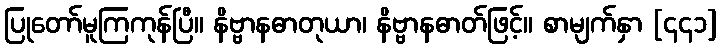
ပြုတော်မူကြကုန်ပြီ။ နိဗ္ဗာနဓာတုယာ၊ နိဗ္ဗာနဓာတ်ဖြင့်။ စာမျက်နှာ [၄၄၁]